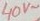
Text: 40V~